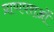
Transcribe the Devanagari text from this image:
प्राणपराओं